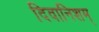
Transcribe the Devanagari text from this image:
दिवानिशम्